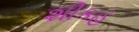
શીકહ